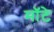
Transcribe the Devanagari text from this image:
मॉटे